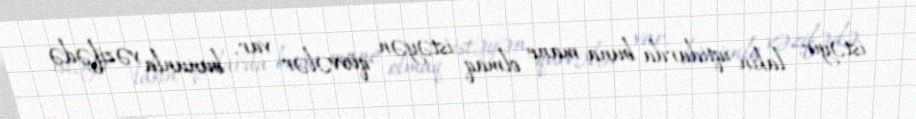
istəyir, lakin iqtidarda buna mane olmaq istəyən qüvvələr var, bununla vəzifədə